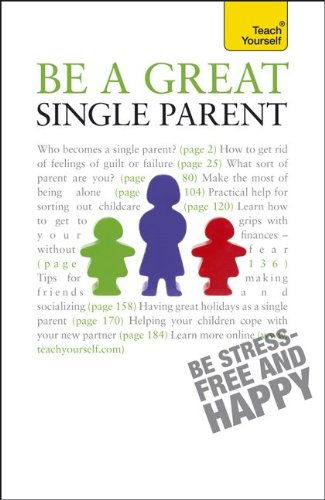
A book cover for Be a Great Single Parent: A Teach Yourself Guide (Teach Yourself: General Reference); Suzie Hayman; Parenting & Relationships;